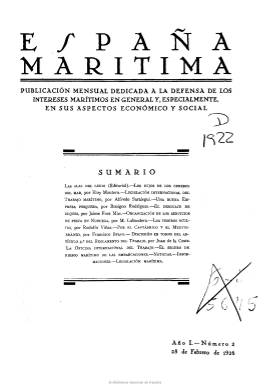
Título: España marítima
Colección: Navegación
Ámbito geográfico: Madrid
Lugar de publicación: Madrid
Fechas: 28/02/1926-30/04/1930

Publicación mensual dedicada a la defensa de los intereses marítimos en general y especialmente en sus aspectos económico y social, tal como expresa su subtítulo, comienza a publicarse en enero de 1926, en plena dictadura primoriverista, impulsada y dirigida por el oficial de la Armada Alfredo Saralegui Casellas (1883-1961), principal propagandista del asociacionismo en España de los trabajadores del sector marítimo, especialmente del pesquero, para la defensa de sus intereses profesionales, obreros, sociales y de previsión. La revista da cuenta de la implantación, desarrollo y actividades de los Pósitos de Pescadores, como mutualidad nacional contra los accidentes de trabajo, tanto marítimos como marítimo-terrestres, y de la Caja Nacional de Crédito Marítimo, subvencionadora de dichos pósitos, así como de la Asociación Pan y Letras, que atenderá la alfabetización y escolarización de los niños sin recursos económicos.

En entregas, generalmente, de 32 páginas, publica artículos sobre las sociedades de socorros mutuos de los trabajadores del mar, sobre las empresas y la industria pesquera, las difíciles condiciones de vida laborales en el sector y sobre Derecho del trabajo. Tiene secciones dedicadas a la legislación, tanto nacional como internacional. Da cuenta de las actividades de la Organización Internacional del Trabajo (OIT), ofrece noticias y estadísticas pesqueras, e incluso inserta páginas de literatura y de humor, así como publicidad comercial relacionada con el sector. Además de Saralegui, su amigo el periodista Rodolfo Viñas Arcos será uno de sus principales articulistas,  que publicará la serie “Viajando por la costa”. Como publicación ilustrada, inserta fotografías.

Con esta cabecera se publica hasta abril de 1930, a partir de entonces la amplía a: España marítima y pesquera. Véase este título en esta misma Hemeroteca Digital.